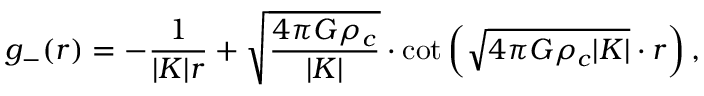
g _ { - } ( r ) = - \frac { 1 } { | K | r } + \sqrt { \frac { 4 \pi G \rho _ { c } } { | K | } } \cdot \cot \left( \sqrt { 4 \pi G \rho _ { c } | K | } \cdot r \right) ,